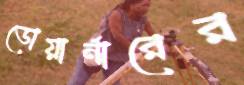
ডোয়ার্নারের